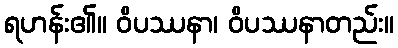
ရဟန်း၏။ ဝိပဿနာ၊ ဝိပဿနာတည်း။